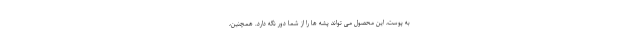
به پوست، این محصول می تواند پشه ها را از شما دور نگه دارد. همچنین،